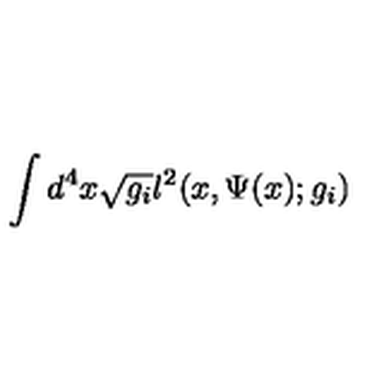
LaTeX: \int d ^ { 4 } x \sqrt { g _ { i } } l ^ { 2 } ( x , \Psi ( x ) ; g _ { i } )